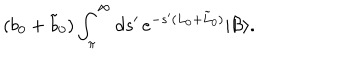
( b _ { 0 } + \tilde { b } _ { 0 } ) \int _ { \pi } ^ { \infty } d s ^ { \prime } \, e ^ { - s ^ { \prime } ( L _ { 0 } + \tilde { L } _ { 0 } ) } | \mathcal { B } \rangle .